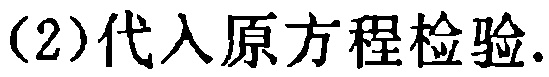
(2)代入原方程检验.